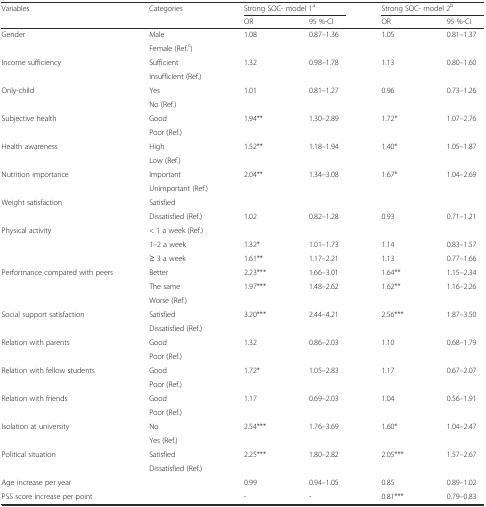
<table><thead><tr><td rowspan="2"><b>Variables</b></td><td rowspan="2"><b>Categories</b></td><td colspan="2"><b>Strong SOC- model 1<sup>a</sup></b></td><td colspan="2"><b>Strong SOC- model 2<sup>b</sup></b></td></tr><tr><td><b>OR</b></td><td><b>95 %-CI</b></td><td><b>OR</b></td><td><b>95 %-CI</b></td></tr></thead><tbody><tr><td rowspan="2">Gender</td><td>Male</td><td rowspan="2">1.08</td><td rowspan="2">0.87–1.36</td><td rowspan="2">1.05</td><td rowspan="2">0.81–1.37</td></tr><tr><td>Female (Ref.<sup>c</sup>)</td></tr><tr><td rowspan="2">Income sufficiency</td><td>Sufficient</td><td rowspan="2">1.32</td><td rowspan="2">0.98–1.78</td><td rowspan="2">1.13</td><td rowspan="2">0.80–1.60</td></tr><tr><td>Insufficient (Ref.)</td></tr><tr><td rowspan="2">Only-child</td><td>Yes</td><td rowspan="2">1.01</td><td rowspan="2">0.81–1.27</td><td rowspan="2">0.96</td><td rowspan="2">0.73–1.26</td></tr><tr><td>No (Ref.)</td></tr><tr><td rowspan="2">Subjective health</td><td>Good</td><td rowspan="2">1.94**</td><td rowspan="2">1.30–2.89</td><td rowspan="2">1.72*</td><td rowspan="2">1.07–2.76</td></tr><tr><td>Poor (Ref.)</td></tr><tr><td rowspan="2">Health awareness</td><td>High</td><td rowspan="2">1.52**</td><td rowspan="2">1.18–1.94</td><td rowspan="2">1.40*</td><td rowspan="2">1.05–1.87</td></tr><tr><td>Low (Ref.)</td></tr><tr><td rowspan="2">Nutrition importance</td><td>Important</td><td rowspan="2">2.04**</td><td rowspan="2">1.34–3.08</td><td rowspan="2">1.67*</td><td rowspan="2">1.04–2.69</td></tr><tr><td>Unimportant (Ref.)</td></tr><tr><td rowspan="2">Weight satisfaction</td><td>Satisfied</td><td></td><td></td><td></td><td></td></tr><tr><td>Dissatisfied (Ref.)</td><td>1.02</td><td>0.82–1.28</td><td>0.93</td><td>0.71–1.21</td></tr><tr><td rowspan="3">Physical activity</td><td>&lt; 1 a week (Ref.)</td><td></td><td></td><td></td><td></td></tr><tr><td>1–2 a week</td><td>1.32*</td><td>1.01–1.73</td><td>1.14</td><td>0.83–1.57</td></tr><tr><td>≥ 3 a week</td><td>1.61**</td><td>1.17–2.21</td><td>1.13</td><td>0.77–1.66</td></tr><tr><td rowspan="3">Performance compared with peers</td><td>Better</td><td>2.23***</td><td>1.66–3.01</td><td>1.64**</td><td>1.15–2.34</td></tr><tr><td>The same</td><td>1.97***</td><td>1.48–2.62</td><td>1.62**</td><td>1.16–2.26</td></tr><tr><td>Worse (Ref.)</td><td></td><td></td><td></td><td></td></tr><tr><td rowspan="2">Social support satisfaction</td><td>Satisfied</td><td rowspan="2">3.20***</td><td rowspan="2">2.44–4.21</td><td rowspan="2">2.56***</td><td rowspan="2">1.87–3.50</td></tr><tr><td>Dissatisfied (Ref.)</td></tr><tr><td rowspan="2">Relation with parents</td><td>Good</td><td rowspan="2">1.32</td><td rowspan="2">0.86–2.03</td><td rowspan="2">1.10</td><td rowspan="2">0.68–1.79</td></tr><tr><td>Poor (Ref.)</td></tr><tr><td rowspan="2">Relation with fellow students</td><td>Good</td><td rowspan="2">1.72*</td><td rowspan="2">1.05–2.83</td><td rowspan="2">1.17</td><td rowspan="2">0.67–2.07</td></tr><tr><td>Poor (Ref.)</td></tr><tr><td rowspan="2">Relation with friends</td><td>Good</td><td rowspan="2">1.17</td><td rowspan="2">0.69–2.03</td><td rowspan="2">1.04</td><td rowspan="2">0.56–1.91</td></tr><tr><td>Poor (Ref.)</td></tr><tr><td rowspan="2">Isolation at university</td><td>No</td><td rowspan="2">2.54***</td><td rowspan="2">1.76–3.69</td><td rowspan="2">1.60*</td><td rowspan="2">1.04–2.47</td></tr><tr><td>Yes (Ref.)</td></tr><tr><td rowspan="2">Political situation</td><td>Satisfied</td><td rowspan="2">2.25***</td><td rowspan="2">1.80–2.82</td><td rowspan="2">2.05***</td><td rowspan="2">1.57–2.67</td></tr><tr><td>Dissatisfied (Ref.)</td></tr><tr><td>Age increase per year</td><td></td><td>0.99</td><td>0.94–1.05</td><td>0.85</td><td>0.89–1.02</td></tr><tr><td>PSS score increase per point</td><td></td><td>-</td><td>-</td><td>0.81***</td><td>0.79–0.83</td></tr></tbody></table>